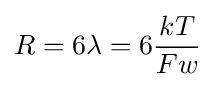
R=6\lambda =6{\frac {kT}{Fw}}